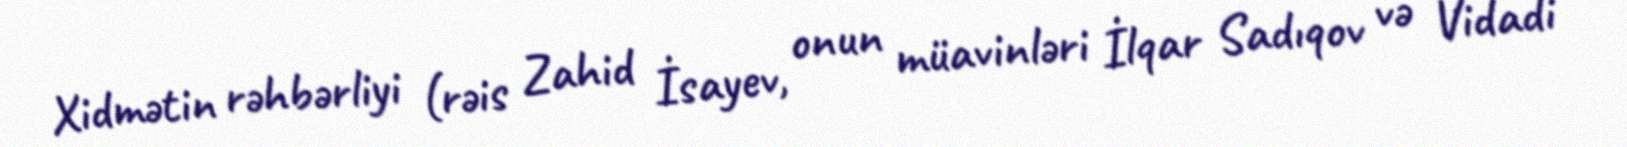
Xidmətin rəhbərliyi (rəis Zahid İsayev, onun müavinləri İlqar Sadıqov və Vidadi